Leningradi_Edasi_toimetus, lk 20
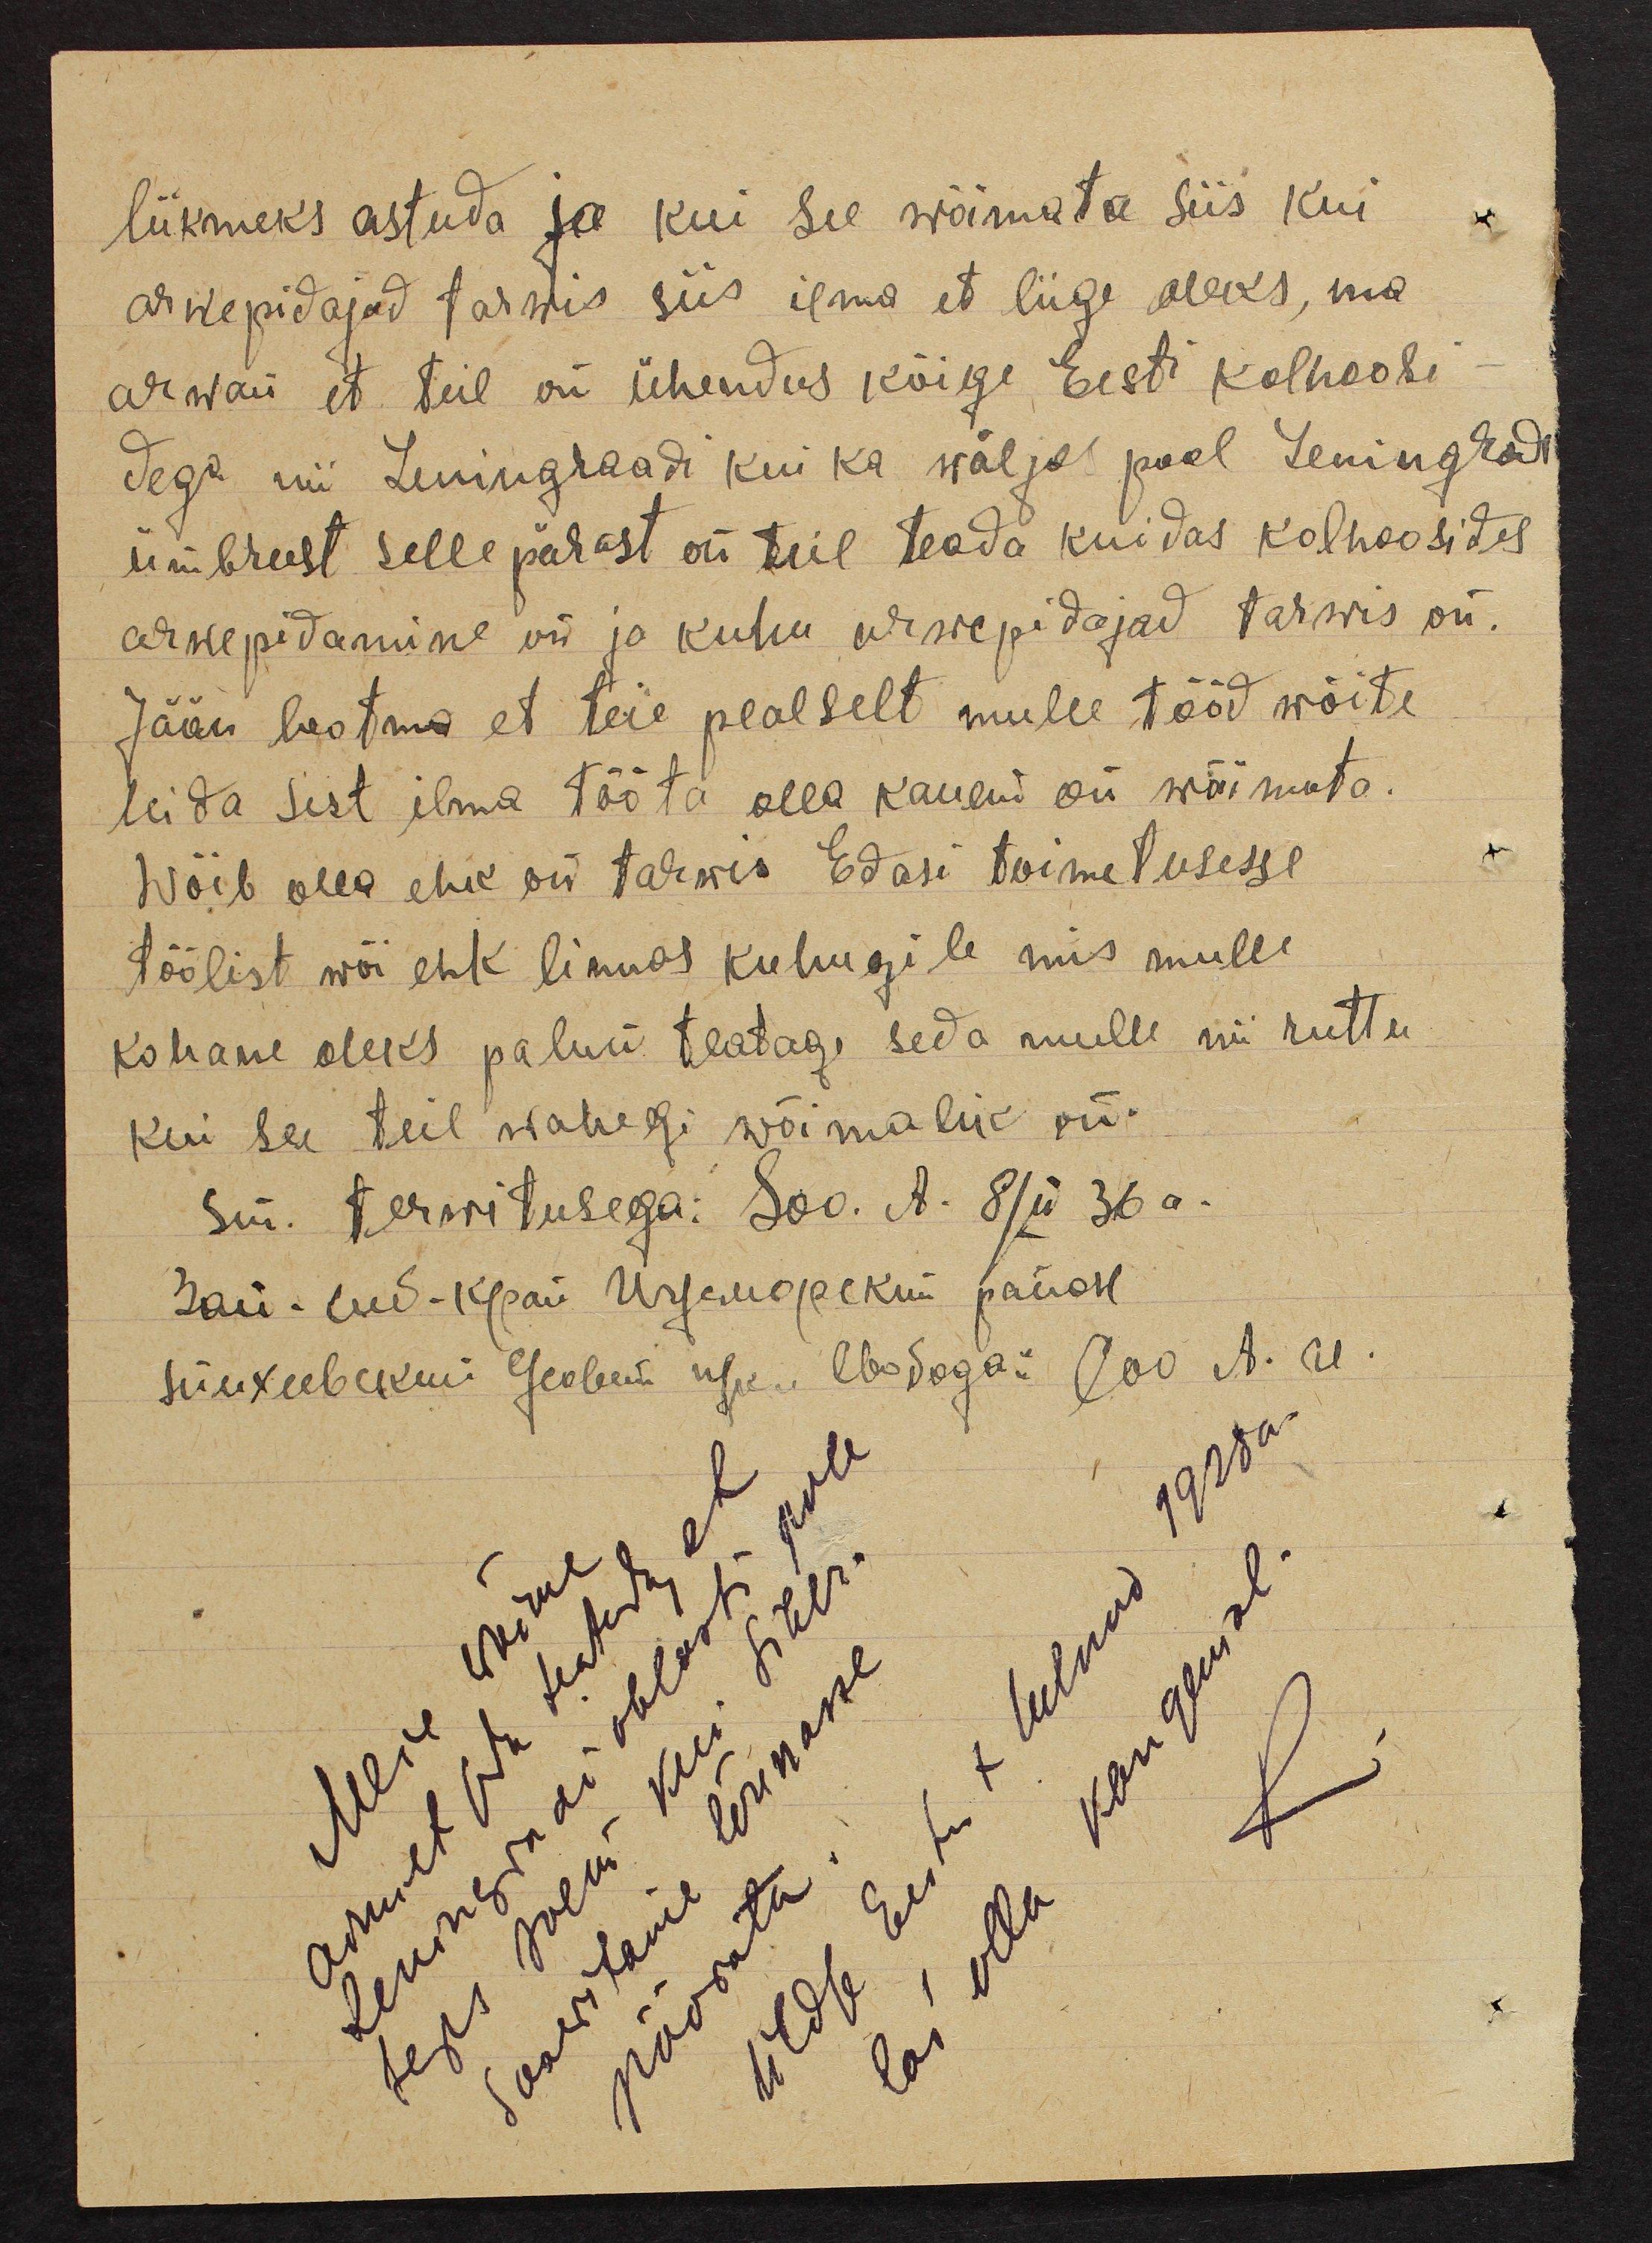
liikmeks astuda ja kui see wõimata siis kui
arwepidajad tarwis siis ilma et liige oleks, ma
arwan et teil on ühendus kõige Eesti kolhoosi-
dega nii Leningraadi kui ka wäljaspool Leningradi
ümbrust selle pärast on teil teada kuidas kolhoosides
arwepidamine on ja kuhu arwepidajad tarwis on.
Jään lootma et teie pealselt mulle tööd wõite
leida sest ilma tööta olla kauem on wõimata.
Wõib olla ehk on tarwis Edasi toimetusesse
töölist wõi ehk linnas kuhugile mis mulle
kohane oleks palun teatage seda mulle nii ruttu
kui see teil wahegi wõimalik on.
sm. terwitusega: Soo. A. 8 Jü 36 a.
sai-lud-kpai Urjemopekui pääst
sünkeebekui Geobew usu. Obodogai 600 A. Al.